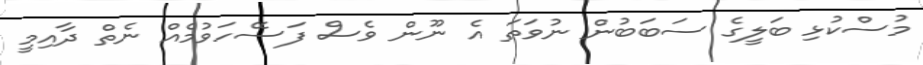
މުސްކުޅި ބަލީގެ ސަބަބުން ނުވަތަ އެ ނޫން ވެސް ފަސޭހަވުމެއް ނެތް ދާއިމީ